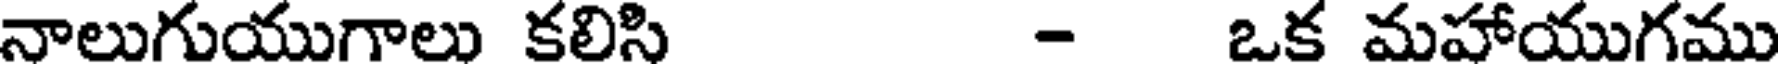
నాలుగుయుగాలు కలిసి - ఒక మహాయుగము